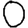
Digit: 0